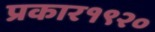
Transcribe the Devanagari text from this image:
प्रकार१९२०